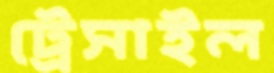
ট্রেসাইল